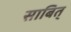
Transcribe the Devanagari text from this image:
साबित्